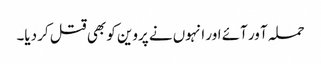
حملہ آ ور آئے اور انہوں نے پروین کو بھی قتل کر دیا۔